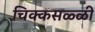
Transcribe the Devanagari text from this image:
चिक्कसळ्ळी